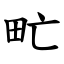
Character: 甿